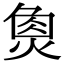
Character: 𤋳